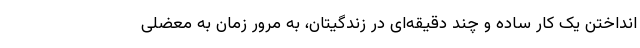
انداختن یک کار ساده و چند دقیقه‌ای در زندگیتان، به مرور زمان به معضلی